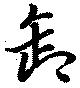
卸